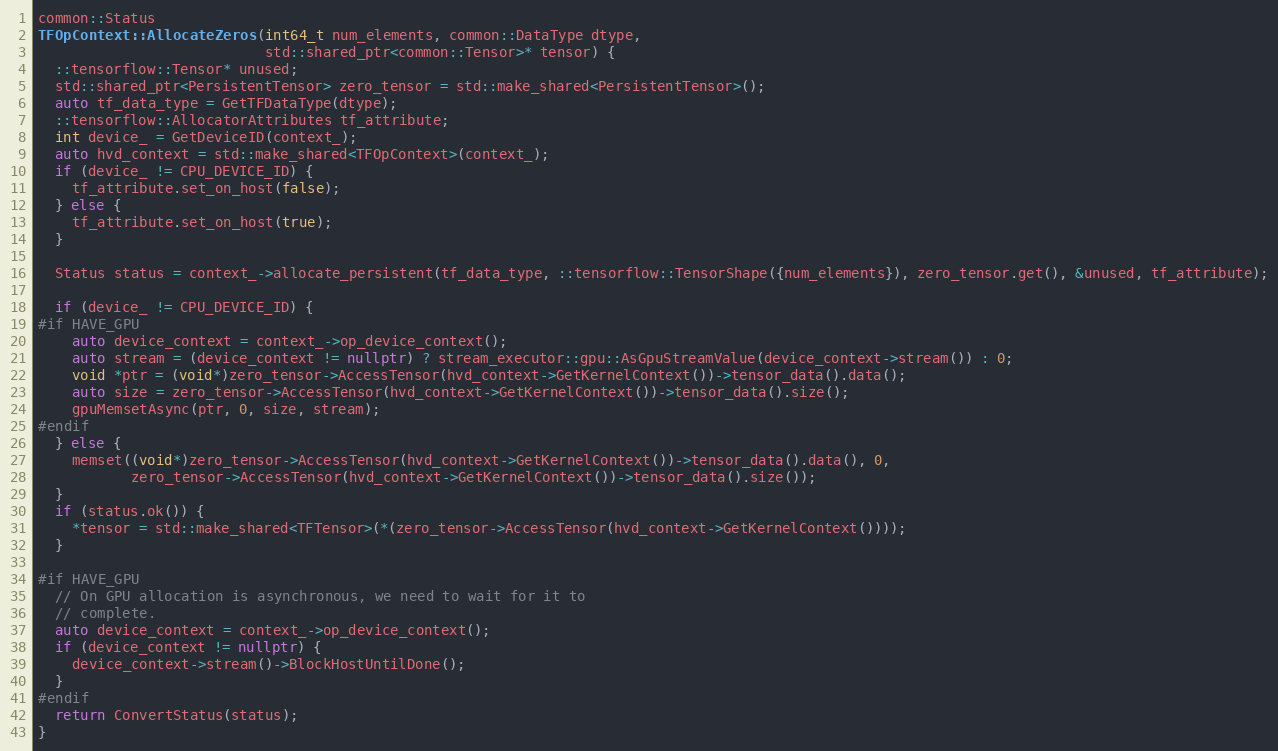
Language: C++
common::Status
TFOpContext::AllocateZeros(int64_t num_elements, common::DataType dtype,
                           std::shared_ptr<common::Tensor>* tensor) {
  ::tensorflow::Tensor* unused;
  std::shared_ptr<PersistentTensor> zero_tensor = std::make_shared<PersistentTensor>();
  auto tf_data_type = GetTFDataType(dtype);
  ::tensorflow::AllocatorAttributes tf_attribute;
  int device_ = GetDeviceID(context_);
  auto hvd_context = std::make_shared<TFOpContext>(context_);
  if (device_ != CPU_DEVICE_ID) {
    tf_attribute.set_on_host(false);
  } else {
    tf_attribute.set_on_host(true);
  }

  Status status = context_->allocate_persistent(tf_data_type, ::tensorflow::TensorShape({num_elements}), zero_tensor.get(), &unused, tf_attribute);

  if (device_ != CPU_DEVICE_ID) {
#if HAVE_GPU
    auto device_context = context_->op_device_context();
    auto stream = (device_context != nullptr) ? stream_executor::gpu::AsGpuStreamValue(device_context->stream()) : 0;
    void *ptr = (void*)zero_tensor->AccessTensor(hvd_context->GetKernelContext())->tensor_data().data();
    auto size = zero_tensor->AccessTensor(hvd_context->GetKernelContext())->tensor_data().size();
    gpuMemsetAsync(ptr, 0, size, stream);
#endif
  } else {
    memset((void*)zero_tensor->AccessTensor(hvd_context->GetKernelContext())->tensor_data().data(), 0,
           zero_tensor->AccessTensor(hvd_context->GetKernelContext())->tensor_data().size());
  }
  if (status.ok()) {
    *tensor = std::make_shared<TFTensor>(*(zero_tensor->AccessTensor(hvd_context->GetKernelContext())));
  }

#if HAVE_GPU
  // On GPU allocation is asynchronous, we need to wait for it to
  // complete.
  auto device_context = context_->op_device_context();
  if (device_context != nullptr) {
    device_context->stream()->BlockHostUntilDone();
  }
#endif
  return ConvertStatus(status);
}